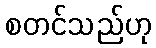
စတင်သည်ဟု